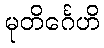
မုတိင်္ဂေဟိ